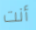
أنت